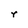
Character: r